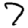
Digit: 7